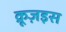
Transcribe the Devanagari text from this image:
क्रूज़इस